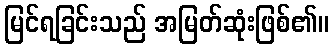
မြင်ရခြင်းသည် အမြတ်ဆုံးဖြစ်၏။